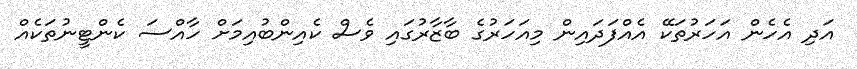
އަދި އެހެން އަހަރުތަކޭ އެއްފަދައިން މިއަހަރުގެ ބާޒާރުގައި ވެސް ކެއިންބުއިމަށް ހާއްސަ ކެންޓީނުތަކެއް